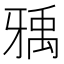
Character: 𤘐